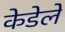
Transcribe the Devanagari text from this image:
केडेले